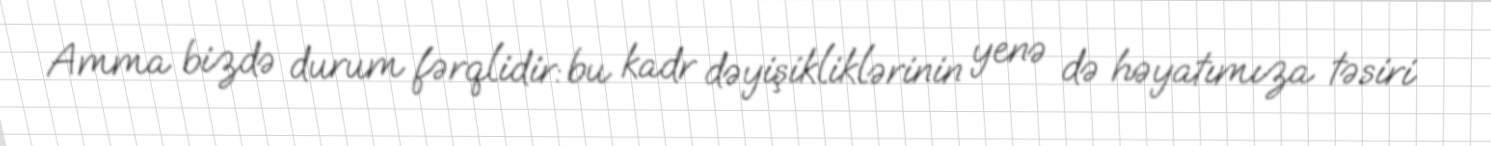
Amma bizdə durum fərqlidir: bu kadr dəyişikliklərinin yenə də həyatımıza təsiri